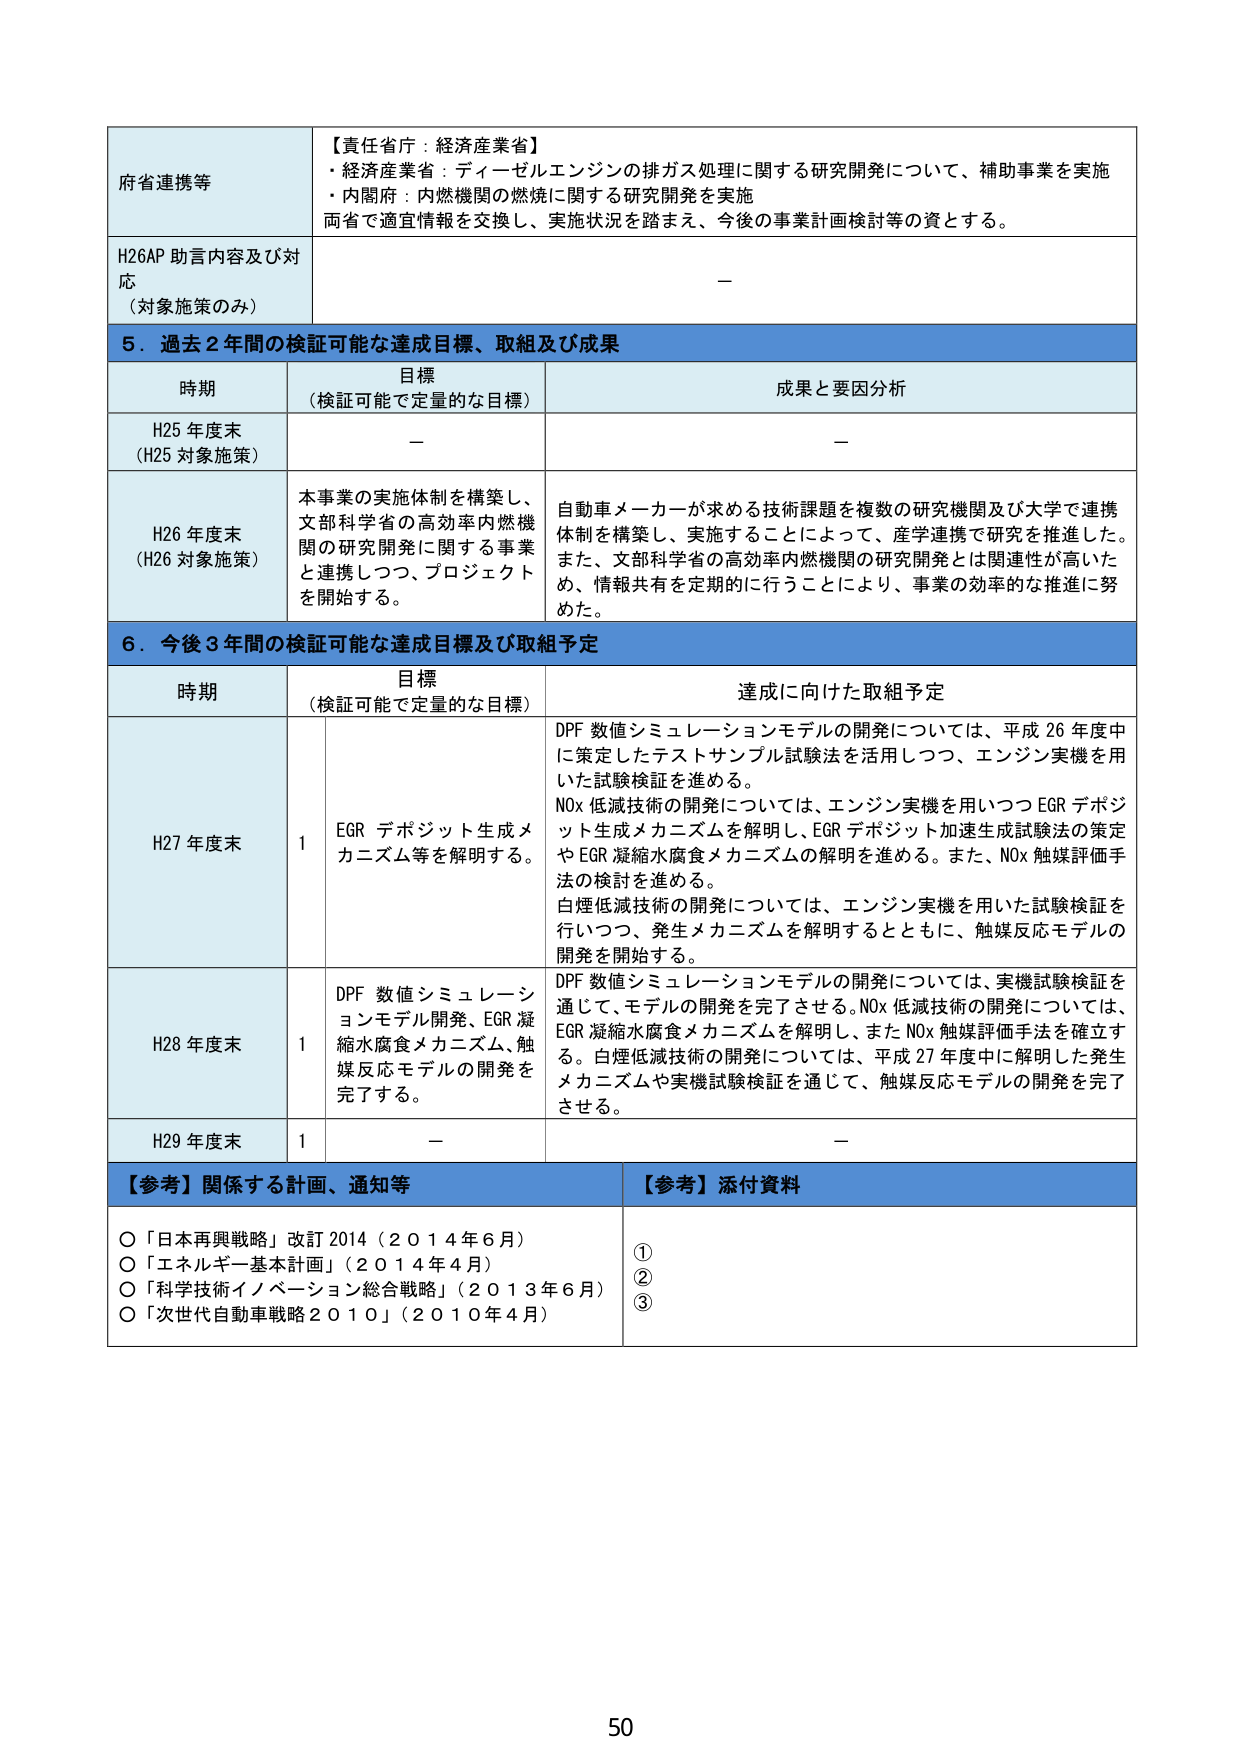
府省連携等
【責任省庁：経済産業省】
・経済産業省：ディーゼルエンジンの排ガス処理に関する研究開発について、補助事業を実施
・内閣府：内燃機関の燃焼に関する研究開発を実施
両省で適宜情報を交換し、実施状況を踏まえ、今後の事業計画検討等の資とする。

H26AP 助言内容及び対応
（対象施策のみ）
－

5．過去2年間の検証可能な達成目標、取組及び成果
時期 目標（検証可能で定量的な目標） 成果と要因分析
H25年度末（H25対象施策） － －
H26年度末（H26対象施策） 本事業の実施体制を構築し、文部科学省の高効率内燃機関の研究開発に関する事業と連携しつつ、プロジェクトを開始する。 自動車メーカーが求める技術課題を複数の研究機関及び大学で連携体制を構築し、実施することによって、産学連携で研究を推進した。また、文部科学省の高効率内燃機関の研究開発とは関連性が高いため、情報共有を定期的に行うことにより、事業の効率的な推進に努めた。

6．今後3年間の検証可能な達成目標及び取組予定
時期 目標（検証可能で定量的な目標） 達成に向けた取組予定
H27年度末 1 EGR デポジット生成メカニズム等を解明する。 DPF 数値シミュレーションモデルの開発については、平成26年度中に策定したテストサンプル試験法を活用しつつ、エンジン実機を用いた試験検証を進める。
NOx 低減技術の開発については、エンジン実機を用いつつ EGR デポジット生成メカニズムを解明し、EGR デポジット加速生成試験法の策定や EGR 凝縮水腐食メカニズムの解明を進める。また、NOx 触媒評価手法の検討を進める。
白煙低減技術の開発については、エンジン実機を用いた試験検証を行いつつ、発生メカニズムを解明するとともに、触媒反応モデルの開発を開始する。
H28年度末 1 DPF 数値シミュレーションモデル開発、EGR 凝縮水腐食メカニズム、触媒反応モデルの開発を完了する。 DPF 数値シミュレーションモデルの開発については、実機試験検証を通じて、モデルの開発を完了させる。NOx 低減技術の開発については、EGR 凝縮水腐食メカニズムを解明し、また NOx 触媒評価手法を確立する。白煙低減技術の開発については、平成27年度中に解明した発生メカニズムや実機試験検証を通じて、触媒反応モデルの開発を完了させる。
H29年度末 1 － －

【参考】関係する計画、通知等
○「日本再興戦略」改訂2014（2014年6月）
○「エネルギー基本計画」（2014年4月）
○「科学技術イノベーション総合戦略」（2013年6月）
○「次世代自動車戦略2010」（2010年4月）

【参考】添付資料
①
②
③

50